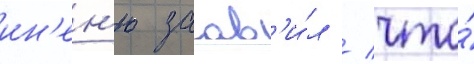
ин'ен'ю заав'и́л / что́